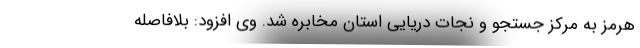
هرمز به مرکز جستجو و نجات دریایی استان مخابره شد. وی افزود: بلافاصله